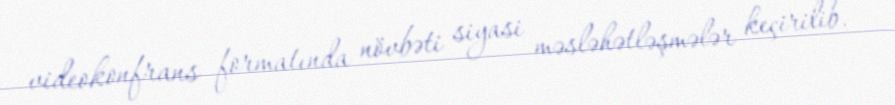
videokonfrans formatında növbəti siyasi məsləhətləşmələr keçirilib.